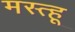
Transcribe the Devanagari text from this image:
मस्त्हू